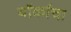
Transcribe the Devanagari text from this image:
यॉर्काचा